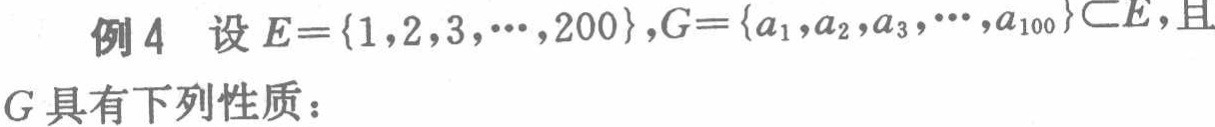
例4 设$E = \{1,2,3,\cdots,200\},G = \{a_1,a_2,a_3,\cdots,a_{100}\}\subset E$,且

$G$具有下列性质：